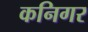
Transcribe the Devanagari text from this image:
कनिगर